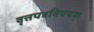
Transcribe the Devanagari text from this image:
वृत्तपत्रविषयक